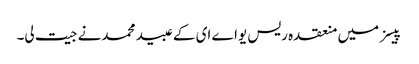
پیسز میں منعقدہ ریس یواے ای کے عبید محمدنے جیت لی۔